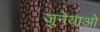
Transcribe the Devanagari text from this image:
जुनेयाओ